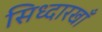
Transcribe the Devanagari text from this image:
सिध्दारखाँ